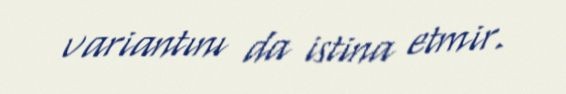
variantını da istina etmir.